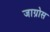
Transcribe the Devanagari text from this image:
जाग्रोस